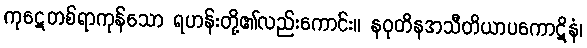
ကုဋေတစ်ရာကုန်သော ရဟန်းတို့၏လည်းကောင်း။ နဝုတိနအသီတိယာပကောဋိနံ၊